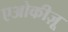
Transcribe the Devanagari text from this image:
एओकीज़ू